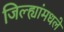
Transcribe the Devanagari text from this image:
जिल्ह्यांमधले